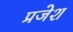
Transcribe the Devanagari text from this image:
प्रजेश